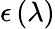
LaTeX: \epsilon\left(\lambda\right)